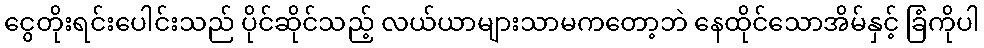
ငွေတိုးရင်းပေါင်းသည် ပိုင်ဆိုင်သည့် လယ်ယာများသာမကတော့ဘဲ နေထိုင်သောအိမ်နှင့် ခြံကိုပါ